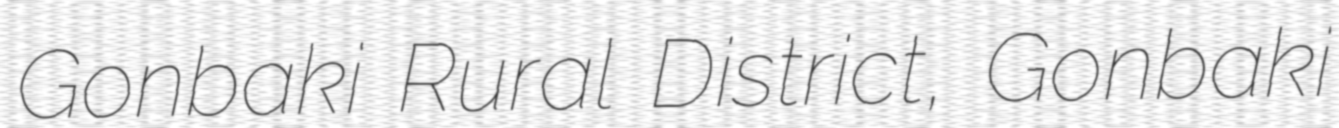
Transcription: Gonbaki Rural District, Gonbaki